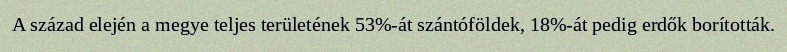
A század elején a megye teljes területének 53%-át szántóföldek, 18%-át pedig erdők borították.